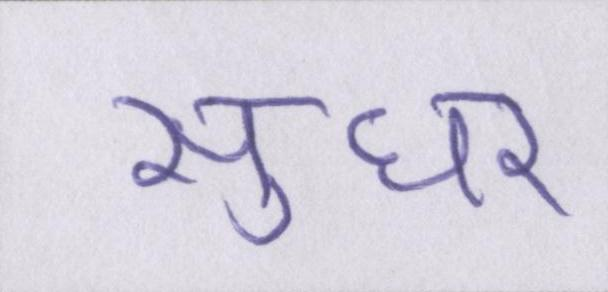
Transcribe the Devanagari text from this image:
सुधर